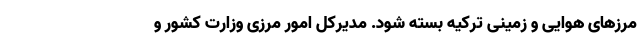
مرزهای هوایی و زمینی ترکیه بسته شود. مدیرکل امور مرزی وزارت کشور و